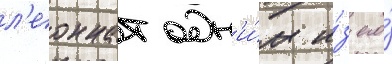
л'еоннат одн'и́м и́з его́